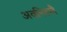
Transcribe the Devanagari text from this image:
अवनिल्लै